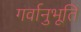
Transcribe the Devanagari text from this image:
गर्वानुभूति